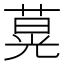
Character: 𦵽